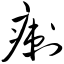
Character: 瘌